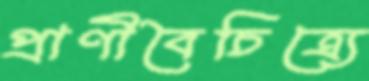
প্রাণীবৈচিত্র্যে